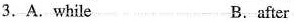
3. A.While B.after